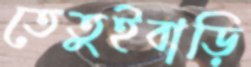
তেতুইবাড়ি